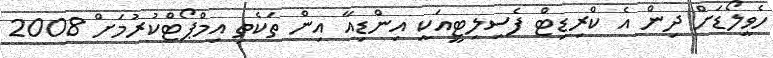
ހެވީލޯޑަށް ދިން އެ ކްރިޑިޓް ފެސިލިޓީއަކީ އިންޑިއާ އިން ތަކެތި އިމްޕޯޓްކުރުމަށް 2008